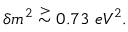
\delta m ^ { 2 } \stackrel { > } { \sim } 0 . 7 3 \ e V ^ { 2 } .